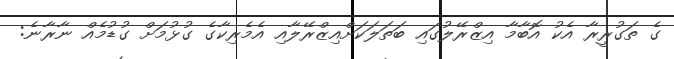
ގެ ތަގުރީރާ އެކު އޮބާމާ އިޒްރޭލުގައި ބަތަލަކަށްއިޒްރޭލާއި އެމެރިކާގެ ގުޅުމަށް ގުޑުމެއް ނާރާނެ: